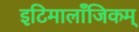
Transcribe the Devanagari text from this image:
इटिमालाँजिकम्